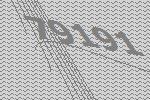
79191